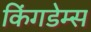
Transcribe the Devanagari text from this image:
किंगडेम्स